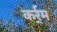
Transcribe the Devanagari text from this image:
कर्र्म